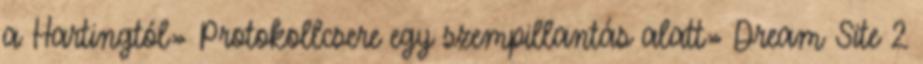
a Hartingtól» Protokollcsere egy szempillantás alatt» Dream Site 2